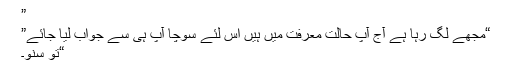
”
“مجھے لگ رہا ہے آج آپ حالت معرفت میں ہیں اس لئے سوچا آپ ہی سے جواب لیا جائے”
“تو سنو۔